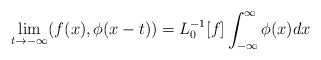
\begin{align*}\lim_{t \rightarrow - \infty} (f(x),\phi (x - t)) =L_{0}^{- 1}[f] \int_{- \infty}^{\infty} \phi (x) dx\end{align*}